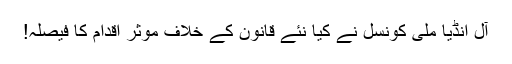
آل انڈیا ملی کونسل نے کیا نئے قانون کے خلاف موثر اقدام کا فیصلہ!